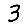
Digit: 3